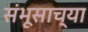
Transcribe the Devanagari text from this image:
संभूसाच्या